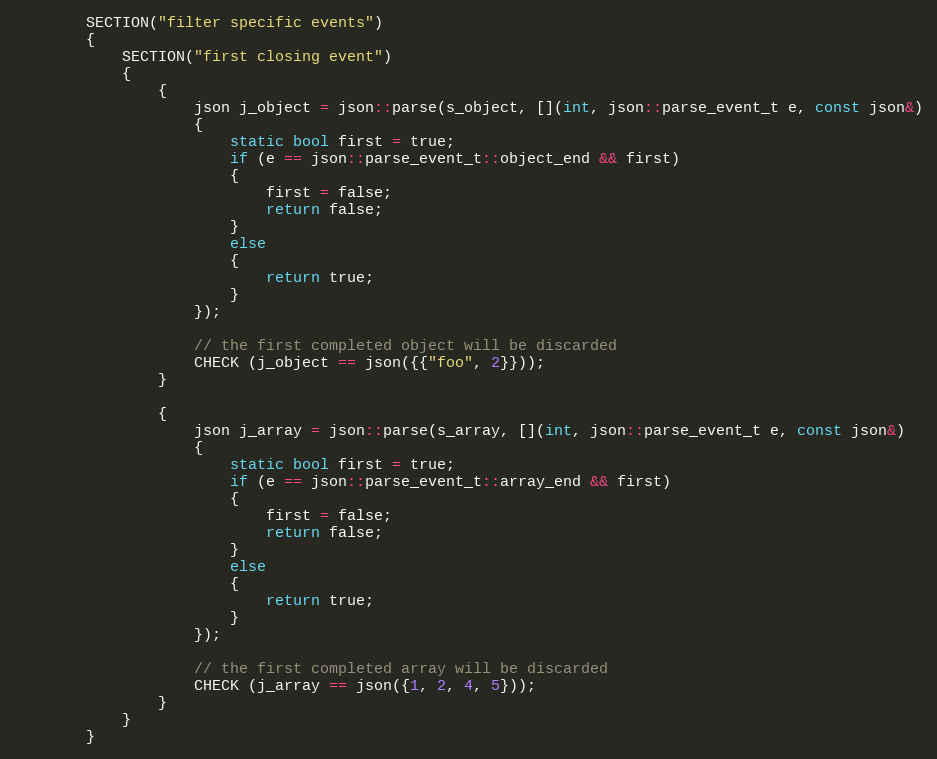
Language: C++
        SECTION("filter specific events")
        {
            SECTION("first closing event")
            {
                {
                    json j_object = json::parse(s_object, [](int, json::parse_event_t e, const json&)
                    {
                        static bool first = true;
                        if (e == json::parse_event_t::object_end && first)
                        {
                            first = false;
                            return false;
                        }
                        else
                        {
                            return true;
                        }
                    });

                    // the first completed object will be discarded
                    CHECK (j_object == json({{"foo", 2}}));
                }

                {
                    json j_array = json::parse(s_array, [](int, json::parse_event_t e, const json&)
                    {
                        static bool first = true;
                        if (e == json::parse_event_t::array_end && first)
                        {
                            first = false;
                            return false;
                        }
                        else
                        {
                            return true;
                        }
                    });

                    // the first completed array will be discarded
                    CHECK (j_array == json({1, 2, 4, 5}));
                }
            }
        }